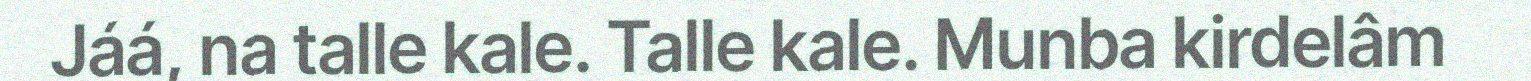
Jáá, na talle kale. Talle kale. Munba kirdelâm